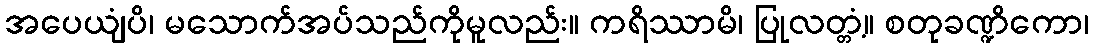
အပေယျံပိ၊ မသောက်အပ်သည်ကိုမူလည်း။ ကရိဿာမိ၊ ပြုလတ္တံ့။ စတုခဏ္ဍိကော၊